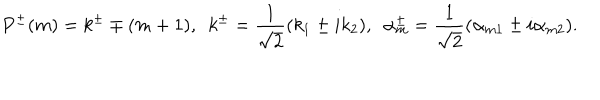
P ^ { \pm } ( m ) = k ^ { \pm } \mp ( m + 1 ) , ~ ~ k ^ { \pm } = \frac { 1 } { \sqrt { 2 } } ( k _ { 1 } \pm i k _ { 2 } ) , ~ ~ \alpha _ { m } ^ { \pm } = \frac { 1 } { \sqrt { 2 } } ( \alpha _ { m 1 } \pm i \alpha _ { m 2 } ) .